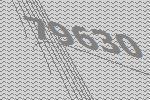
79630